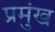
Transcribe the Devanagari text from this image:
प्रमुंख